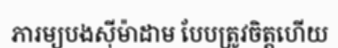
ភារម្យបងស៊ីម៉ាដាម បែបត្រូវចិត្តហើយ